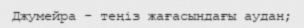
Джумейра - теңіз жағасындағы аудан;